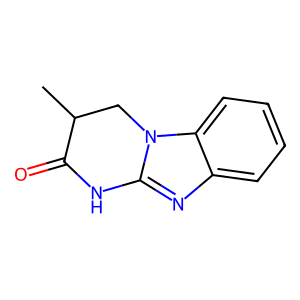
SMILES: CC1Cn2c(nc3ccccc32)NC1=O
Inhibits HIV replication: No